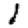
Digit: 1